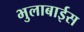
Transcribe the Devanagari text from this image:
भुलाबाईस